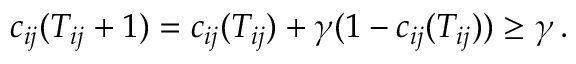
c _ { i j } ( T _ { i j } + 1 ) = c _ { i j } ( T _ { i j } ) + \gamma ( 1 - c _ { i j } ( T _ { i j } ) ) \geq \gamma \, .